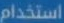
استخدام